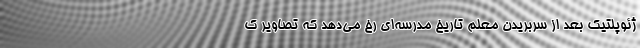
ژئوپلتیک بعد از سربریدن معلم تاریخ مدرسه‌ای رخ می‌دهد که تصاویر ک